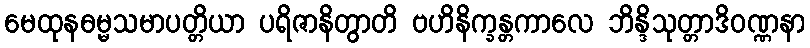
မေထုနဓမ္မသမာပတ္တိယာ ပရိဇာနိတွာတိ ဗဟိနိက္ခန္တကာလေ ဘိန္ဒိသုတ္တာဒိဝဏ္ဏနာ